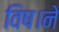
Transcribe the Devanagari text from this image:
विष।ने